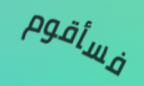
فسأقوم